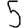
Digit: 5